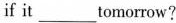
if it___tomorrow?